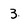
Character: 3